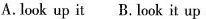
A. look up it B. Look it up